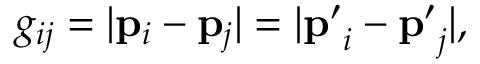
g _ { i j } = | \mathbf { p } _ { i } - \mathbf { p } _ { j } | = | \mathbf { p ^ { \prime } } _ { i } - \mathbf { p ^ { \prime } } _ { j } | ,